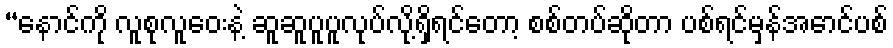
“နောင်ကို လူစုလူဝေးနဲ့ ဆူဆူပူပူလုပ်လို့ရှိရင်တော့ စစ်တပ်ဆိုတာ ပစ်ရင်မှန်အောင်ပစ်